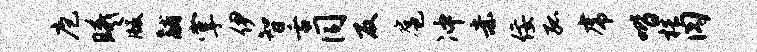
庖曦版黼掌伊智舌同反扈冲赤佞孤虎喈梏肉